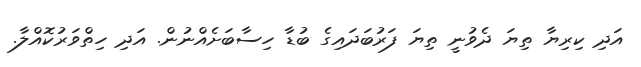
އަދި ކިރިޔާ ތިޔަ ދެވުނީ ތިޔަ ފަރުބަދައިގެ ބުޑާ ހިސާބަށެއްނުން. އަދި ހިތްވަރުކޮއްލާ.